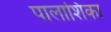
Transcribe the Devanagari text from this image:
पालाशिका